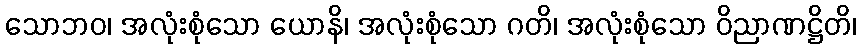
သောဘဝ၊ အလုံးစုံသော ယောနိ၊ အလုံးစုံသော ဂတိ၊ အလုံးစုံသော ဝိညာဏဋ္ဌိတိ၊